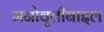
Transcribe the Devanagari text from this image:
मनोवृत्तीबाद्दल